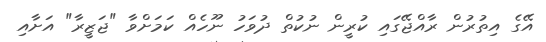
އޭގެ އިތުރުން ރާއްޖޭގައި ކުރީން ނުކުތް ދުވަހު ނޫހެއް ކަމަށްވާ "ޖަޒީރާ" އަށާއި